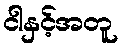
ငါနှင့်အတူ